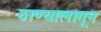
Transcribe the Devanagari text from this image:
ठाण्यालागून